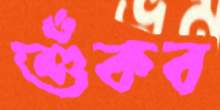
শুঁকব